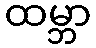
ထမ္ဘာ